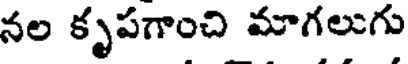
నల కృపగాంచి మాగలుగు